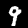
Digit: 9